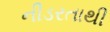
નીડરતાથી